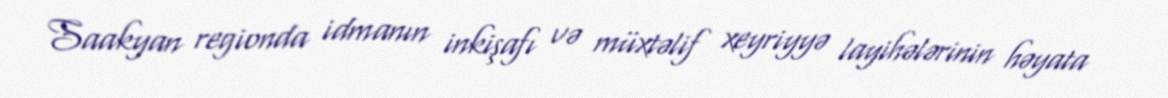
Saakyan regionda idmanın inkişafı və müxtəlif xeyriyyə layihələrinin həyata